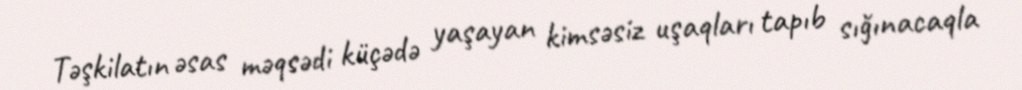
Təşkilatın əsas məqsədi küçədə yaşayan kimsəsiz uşaqları tapıb sığınacaqla